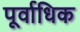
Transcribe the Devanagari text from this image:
पूर्वाधिक